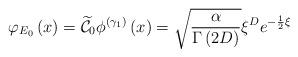
LaTeX: \begin{align*}\varphi _{E_{0}}\left( x\right) =\widetilde{\mathcal{C}}_{0}\phi ^{\left(\gamma _{1}\right) }\left( x\right) =\sqrt{\frac{\alpha }{\Gamma \left(2D\right) }}\xi ^{D}e^{-\frac{1}{2}\xi } \end{align*}